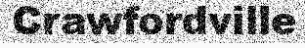
Crawfordville